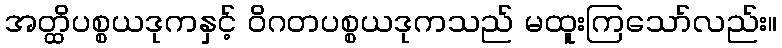
အတ္ထိပစ္စယဒုကနှင့် ဝိဂတပစ္စယဒုကသည် မထူးကြသော်လည်း။